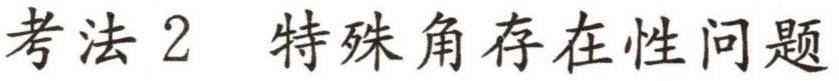
考法 2  特殊角存在性问题